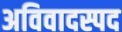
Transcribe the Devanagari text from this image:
अविवादस्पद